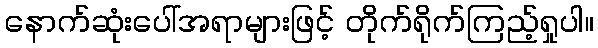
နောက်ဆုံးပေါ်အရာများဖြင့် တိုက်ရိုက်ကြည့်ရှုပါ။